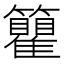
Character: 𬖇